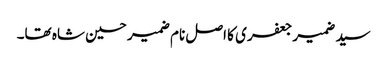
سید ضمیر جعفری کا اصل نام ضمیر حسین شاہ تھا۔